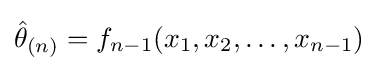
{\hat {\theta }}_{(n)}=f_{n-1}(x_{1},x_{2},\ldots ,x_{n-1})